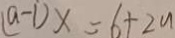
( a - 1 ) x = 6 + 2 n